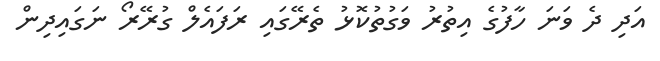
އަދި ދެ ވަނަ ހާފުގެ އިތުރު ވަގުތުކޮޅު ތެރޭގައި ރަފައެލް ގުރޭރޯ ނަގައިދިން